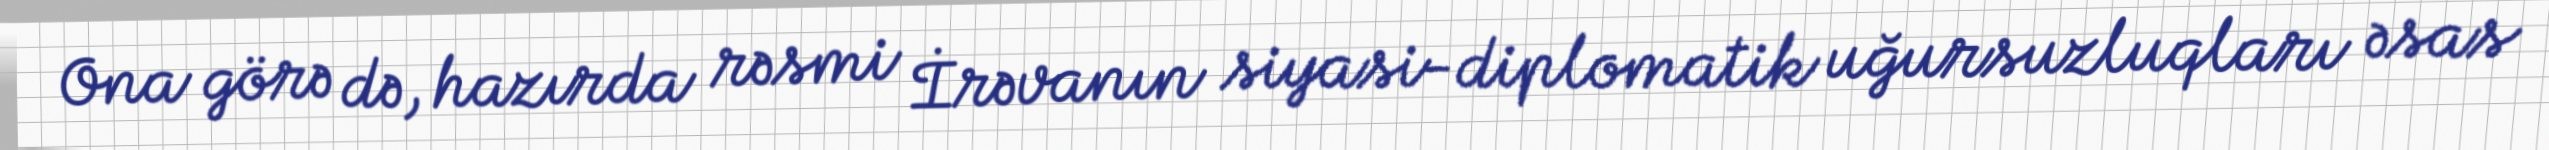
Ona görə də, hazırda rəsmi İrəvanın siyasi-diplomatik uğursuzluqları əsas